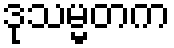
ဒုသမ္မတက